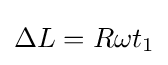
\Delta L=R\omega t_{1}